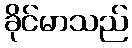
ခိုင်မာသည်